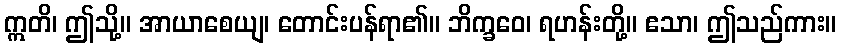
ဣတိ၊ ဤသို့။ အာယာစေယျ၊ တောင်းပန်ရာ၏။ ဘိက္ခဝေ၊ ရဟန်းတို့။ ဧသာ၊ ဤသည်ကား။